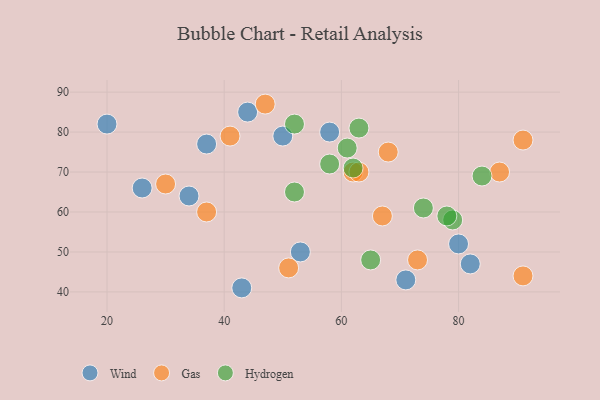
{"axis": {"x": "GDP", "y": "Life Expectancy"}, "legend": ["Gas", "Hydrogen", "Wind"], "data": [{"x": "71", "y": 43, "type": "Wind"}, {"x": "26", "y": 66, "type": "Wind"}, {"x": "53", "y": 50, "type": "Wind"}, {"x": "34", "y": 64, "type": "Wind"}, {"x": "82", "y": 47, "type": "Wind"}, {"x": "20", "y": 82, "type": "Wind"}, {"x": "80", "y": 52, "type": "Wind"}, {"x": "44", "y": 85, "type": "Wind"}, {"x": "37", "y": 77, "type": "Wind"}, {"x": "58", "y": 80, "type": "Wind"}, {"x": "43", "y": 41, "type": "Wind"}, {"x": "50", "y": 79, "type": "Wind"}, {"x": "73", "y": 48, "type": "Gas"}, {"x": "37", "y": 60, "type": "Gas"}, {"x": "62", "y": 70, "type": "Gas"}, {"x": "91", "y": 78, "type": "Gas"}, {"x": "87", "y": 70, "type": "Gas"}, {"x": "51", "y": 46, "type": "Gas"}, {"x": "91", "y": 44, "type": "Gas"}, {"x": "47", "y": 87, "type": "Gas"}, {"x": "30", "y": 67, "type": "Gas"}, {"x": "63", "y": 70, "type": "Gas"}, {"x": "67", "y": 59, "type": "Gas"}, {"x": "41", "y": 79, "type": "Gas"}, {"x": "68", "y": 75, "type": "Gas"}, {"x": "84", "y": 69, "type": "Hydrogen"}, {"x": "79", "y": 58, "type": "Hydrogen"}, {"x": "62", "y": 71, "type": "Hydrogen"}, {"x": "78", "y": 59, "type": "Hydrogen"}, {"x": "52", "y": 65, "type": "Hydrogen"}, {"x": "52", "y": 82, "type": "Hydrogen"}, {"x": "74", "y": 61, "type": "Hydrogen"}, {"x": "63", "y": 81, "type": "Hydrogen"}, {"x": "65", "y": 48, "type": "Hydrogen"}, {"x": "61", "y": 76, "type": "Hydrogen"}, {"x": "58", "y": 72, "type": "Hydrogen"}]}